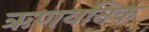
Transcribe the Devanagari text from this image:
ऋणयनिक